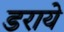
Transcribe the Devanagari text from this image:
डराये